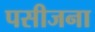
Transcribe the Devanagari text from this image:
पसीजना